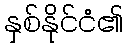
နှစ်နိုင်ငံ၏